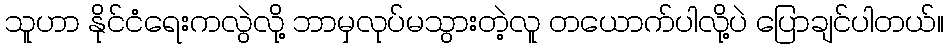
သူဟာ နိုင်ငံရေးကလွဲလို့ ဘာမှလုပ်မသွားတဲ့လူ တယောက်ပါလို့ပဲ ပြောချင်ပါတယ်။